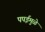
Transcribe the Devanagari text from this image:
पपईमुळे